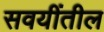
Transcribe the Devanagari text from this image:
सवयींतील